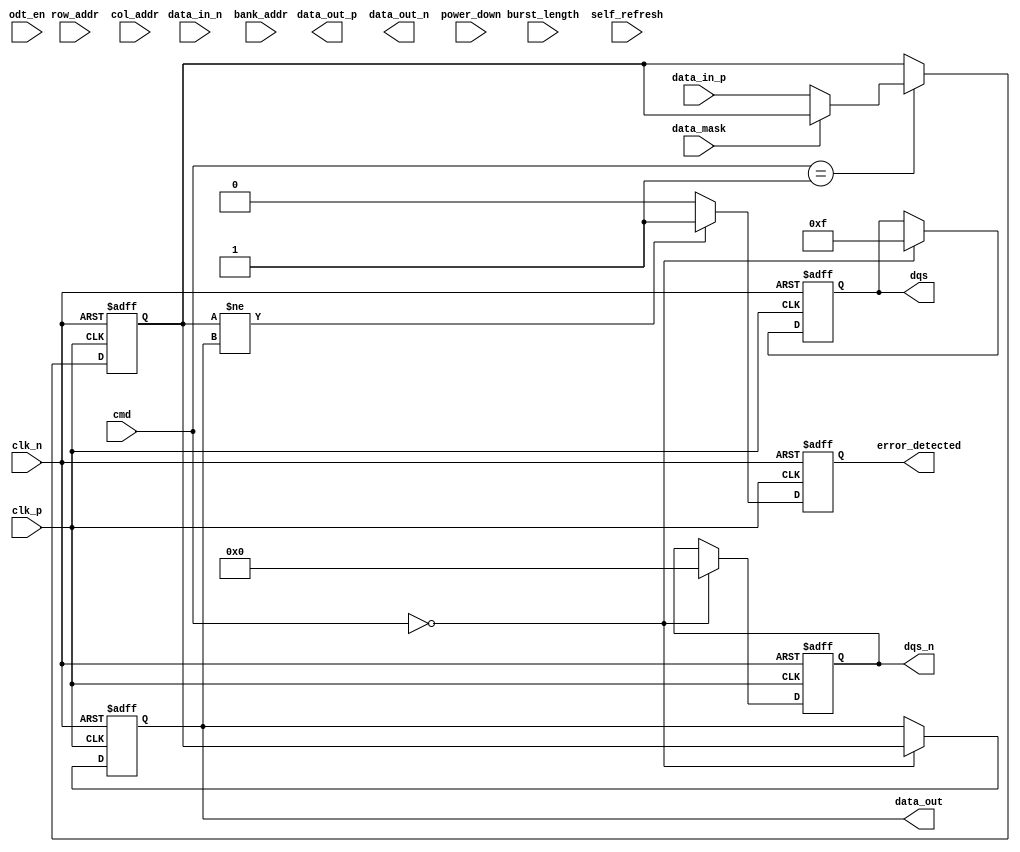
module lpddr5_io_block (
    input wire clk_p,                  // Differential Clock Positive
    input wire clk_n,                  // Differential Clock Negative
    input wire [31:0] data_in_p,       // Differential Data Input Positive
    input wire [31:0] data_in_n,       // Differential Data Input Negative
    output wire [31:0] data_out_p,     // Differential Data Output Positive
    output wire [31:0] data_out_n,     // Differential Data Output Negative
    input wire [1:0] cmd,              // Command Input (00: Read, 01: Write, 10: Refresh)
    input wire [3:0] bank_addr,        // Bank Address
    input wire [15:0] row_addr,        // Row Address
    input wire [15:0] col_addr,        // Column Address
    input wire odt_en,                  // On-Die Termination Enable
    input wire [1:0] burst_length,      // Burst Length (e.g., 00: BL=4, 01: BL=8)
    input wire data_mask,               // Data Mask for partial writes
    input wire power_down,              // Power Down Control
    input wire self_refresh,            // Self Refresh Control
    output wire error_detected,         // Error Detection Signal
    output wire [31:0] data_out,        // Data Output
    output wire [3:0] dqs,              // Data Strobe Output
    output wire [3:0] dqs_n             // Inverted Data Strobe Output
);

// Internal signals
reg [31:0] data_reg;
reg [31:0] data_out_reg;
reg [3:0] dqs_reg;
reg [3:0] dqs_n_reg;
reg error_flag;

// Clock domain synchronization
always @(posedge clk_p or negedge clk_n) begin
    if (!clk_n) begin
        // Reset logic
        data_reg <= 32'b0;
        data_out_reg <= 32'b0;
        dqs_reg <= 4'b0;
        dqs_n_reg <= 4'b0;
        error_flag <= 1'b0;
    end else begin
        // Command processing
        case (cmd)
            2'b00: begin // Read
                // Implement read logic
                data_out_reg <= data_reg; // Example: output the data register
                dqs_reg <= 4'b1111; // Example: enable DQS
                dqs_n_reg <= 4'b0000; // Example: enable inverted DQS
            end
            2'b01: begin // Write
                // Implement write logic
                if (!data_mask) begin
                    data_reg <= data_in_p; // Example: capture data
                end
            end
            2'b10: begin // Refresh
                // Implement refresh logic
            end
            default: begin
                // Handle invalid commands
            end
        endcase
        
        // Error detection logic (simplified)
        if (data_reg[31:0] != data_out_reg[31:0]) begin
            error_flag <= 1'b1; // Set error flag if data mismatch
        end else begin
            error_flag <= 1'b0;
        end
    end
end

// Assign outputs
assign data_out = data_out_reg;
assign dqs = dqs_reg;
assign dqs_n = dqs_n_reg;
assign error_detected = error_flag;

// Power management and termination logic would go here
// This is a simplified version and does not include all features

endmodule